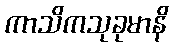
ကာသိကသုခုမာနိ